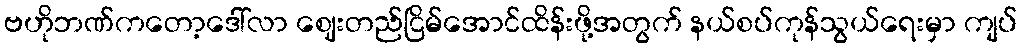
ဗဟိုဘဏ်ကတော့ဒေါ်လာ ဈေးတည်ငြိမ်အောင်ထိန်းဖို့အတွက် နယ်စပ်ကုန်သွယ်ရေးမှာ ကျပ်